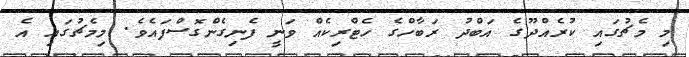
މި މެޗުގައި ކުރެއްދޫގެ އަބްދު ރަބާހްގެ ހެޓްރިކެއް ވަނީ ފެނިގެންގޮސްފައެވެ. މިމެޗުގައި އެ